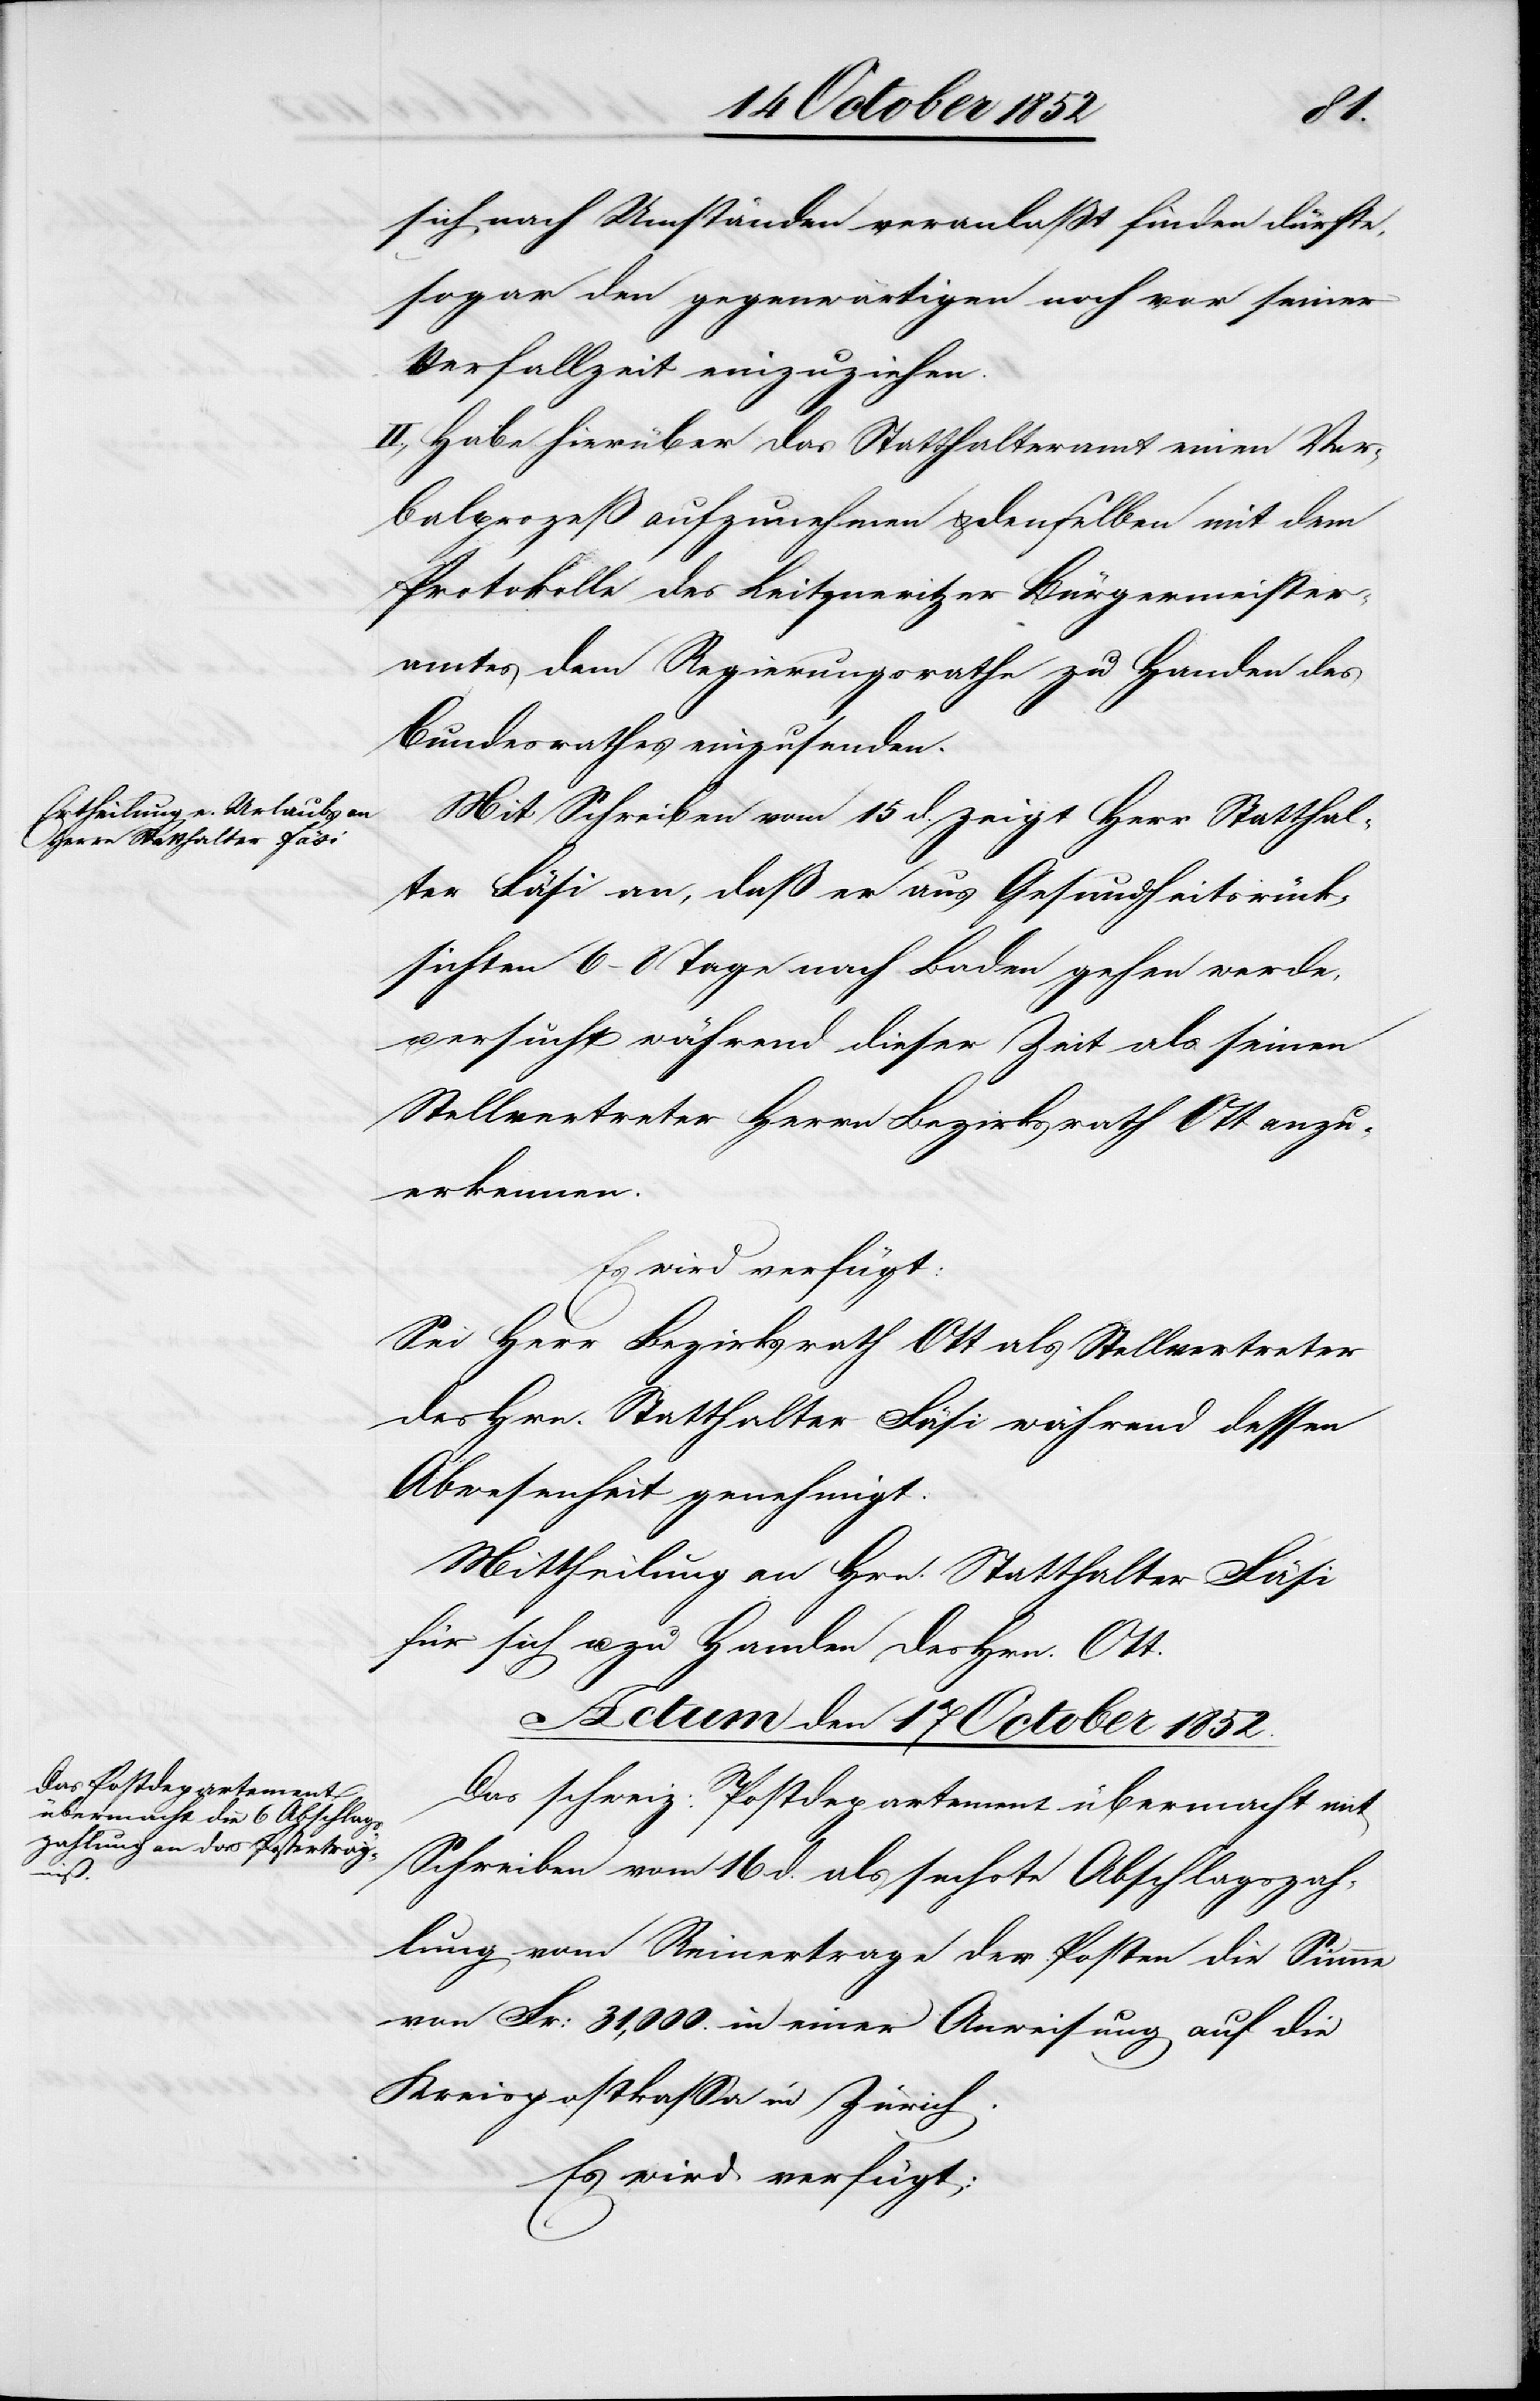
sich nach Umständen veranlaßt finden dürfte,
sogar den gegenwärtigen noch vor seiner
Verfallzeit einzuziehen.
II., Habe hierüber das Statthalteramt einen Ver¬
balprozeß aufzunehmen & denselben mit dem
Protokolle des Leitmeritzer Bürgermeister¬
amtes dem Regierungsrathe zu Handen des
Bundesrathes einzusenden.
Mit Schreiben vom 15 d. zeigt Herr Statthal¬
ter Fäsi an, daß er aus Gesundheitsrück¬
sichten 6–8 Tage nach Baden gehen werde,
ersucht während dieser Zeit als seinen
Stellvertreter Herrn Bezirksrath Ott anzu¬
erkennen.
Es wird verfügt:
Sei Herr Bezirksrath Ott als Stellvertreter
des Hrn. Statthalter Fäsi während dessen
Abwesenheit genehmigt.
Mittheilung an Hrn. Statthalter Fäsi
für sich u. zu Handen des Hrn. Ott.
Actum den 17 October 1852.
Das schweiz: Postdepartement übermacht mit
Schreiben vom 16 d. als sechste Abschlagszah¬
lung vom Reinertrage der Posten die Summe
von Fr: 31,000. in einer Anweisung auf die
Kreispostkassa in Zürich.
Es wird verfügt: